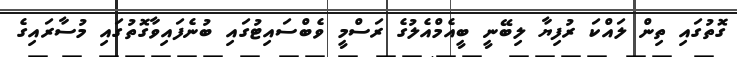
ގޮތުގައި ތިން ލައްކަ ރުފިޔާ ލިބޭނީ ބީއެމްއެލުގެ ރަސްމީ ވެބްސައިޓުގައި ބުނެފައިވާގޮތުގައި މުސާރައިގެ